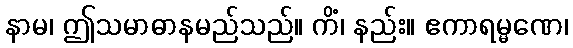
နာမ၊ ဤသမာဓာနမည်သည်။ ကိံ၊ နည်း။ ဧကာရမ္မဏေ၊